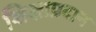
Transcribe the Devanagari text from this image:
शिक्षाप्रदान